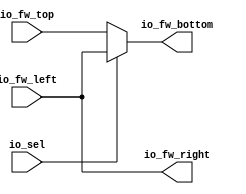
module CrossBarCell(
  input  [64:0] io_fw_left,
  input  [64:0] io_fw_top,
  output [64:0] io_fw_bottom,
  output [64:0] io_fw_right,
  input         io_sel
);
  assign io_fw_bottom = io_sel ? io_fw_left : io_fw_top; // @[CrossBarSwitch.scala 15:17 CrossBarSwitch.scala 16:18 CrossBarSwitch.scala 18:18]
  assign io_fw_right = io_fw_left; // @[CrossBarSwitch.scala 14:15]
endmodule
module CrossBarSwitch(
  input         clock,
  input  [64:0] io_fw_left_0,
  input  [64:0] io_fw_left_1,
  input  [64:0] io_fw_left_2,
  input  [64:0] io_fw_left_3,
  output [64:0] io_fw_bottom_0,
  output [64:0] io_fw_bottom_1,
  output [64:0] io_fw_bottom_2,
  output [64:0] io_fw_bottom_3,
  input  [1:0]  io_select_0,
  input  [1:0]  io_select_1,
  input  [1:0]  io_select_2,
  input  [1:0]  io_select_3
);
`ifdef RANDOMIZE_REG_INIT
  reg [95:0] _RAND_0;
  reg [95:0] _RAND_1;
  reg [95:0] _RAND_2;
  reg [95:0] _RAND_3;
`endif // RANDOMIZE_REG_INIT
  wire [64:0] cells_2d_0_io_fw_left; // @[CrossBarSwitch.scala 37:53]
  wire [64:0] cells_2d_0_io_fw_top; // @[CrossBarSwitch.scala 37:53]
  wire [64:0] cells_2d_0_io_fw_bottom; // @[CrossBarSwitch.scala 37:53]
  wire [64:0] cells_2d_0_io_fw_right; // @[CrossBarSwitch.scala 37:53]
  wire  cells_2d_0_io_sel; // @[CrossBarSwitch.scala 37:53]
  wire [64:0] cells_2d_1_io_fw_left; // @[CrossBarSwitch.scala 37:53]
  wire [64:0] cells_2d_1_io_fw_top; // @[CrossBarSwitch.scala 37:53]
  wire [64:0] cells_2d_1_io_fw_bottom; // @[CrossBarSwitch.scala 37:53]
  wire [64:0] cells_2d_1_io_fw_right; // @[CrossBarSwitch.scala 37:53]
  wire  cells_2d_1_io_sel; // @[CrossBarSwitch.scala 37:53]
  wire [64:0] cells_2d_2_io_fw_left; // @[CrossBarSwitch.scala 37:53]
  wire [64:0] cells_2d_2_io_fw_top; // @[CrossBarSwitch.scala 37:53]
  wire [64:0] cells_2d_2_io_fw_bottom; // @[CrossBarSwitch.scala 37:53]
  wire [64:0] cells_2d_2_io_fw_right; // @[CrossBarSwitch.scala 37:53]
  wire  cells_2d_2_io_sel; // @[CrossBarSwitch.scala 37:53]
  wire [64:0] cells_2d_3_io_fw_left; // @[CrossBarSwitch.scala 37:53]
  wire [64:0] cells_2d_3_io_fw_top; // @[CrossBarSwitch.scala 37:53]
  wire [64:0] cells_2d_3_io_fw_bottom; // @[CrossBarSwitch.scala 37:53]
  wire [64:0] cells_2d_3_io_fw_right; // @[CrossBarSwitch.scala 37:53]
  wire  cells_2d_3_io_sel; // @[CrossBarSwitch.scala 37:53]
  wire [64:0] cells_2d_4_io_fw_left; // @[CrossBarSwitch.scala 37:53]
  wire [64:0] cells_2d_4_io_fw_top; // @[CrossBarSwitch.scala 37:53]
  wire [64:0] cells_2d_4_io_fw_bottom; // @[CrossBarSwitch.scala 37:53]
  wire [64:0] cells_2d_4_io_fw_right; // @[CrossBarSwitch.scala 37:53]
  wire  cells_2d_4_io_sel; // @[CrossBarSwitch.scala 37:53]
  wire [64:0] cells_2d_5_io_fw_left; // @[CrossBarSwitch.scala 37:53]
  wire [64:0] cells_2d_5_io_fw_top; // @[CrossBarSwitch.scala 37:53]
  wire [64:0] cells_2d_5_io_fw_bottom; // @[CrossBarSwitch.scala 37:53]
  wire [64:0] cells_2d_5_io_fw_right; // @[CrossBarSwitch.scala 37:53]
  wire  cells_2d_5_io_sel; // @[CrossBarSwitch.scala 37:53]
  wire [64:0] cells_2d_6_io_fw_left; // @[CrossBarSwitch.scala 37:53]
  wire [64:0] cells_2d_6_io_fw_top; // @[CrossBarSwitch.scala 37:53]
  wire [64:0] cells_2d_6_io_fw_bottom; // @[CrossBarSwitch.scala 37:53]
  wire [64:0] cells_2d_6_io_fw_right; // @[CrossBarSwitch.scala 37:53]
  wire  cells_2d_6_io_sel; // @[CrossBarSwitch.scala 37:53]
  wire [64:0] cells_2d_7_io_fw_left; // @[CrossBarSwitch.scala 37:53]
  wire [64:0] cells_2d_7_io_fw_top; // @[CrossBarSwitch.scala 37:53]
  wire [64:0] cells_2d_7_io_fw_bottom; // @[CrossBarSwitch.scala 37:53]
  wire [64:0] cells_2d_7_io_fw_right; // @[CrossBarSwitch.scala 37:53]
  wire  cells_2d_7_io_sel; // @[CrossBarSwitch.scala 37:53]
  wire [64:0] cells_2d_8_io_fw_left; // @[CrossBarSwitch.scala 37:53]
  wire [64:0] cells_2d_8_io_fw_top; // @[CrossBarSwitch.scala 37:53]
  wire [64:0] cells_2d_8_io_fw_bottom; // @[CrossBarSwitch.scala 37:53]
  wire [64:0] cells_2d_8_io_fw_right; // @[CrossBarSwitch.scala 37:53]
  wire  cells_2d_8_io_sel; // @[CrossBarSwitch.scala 37:53]
  wire [64:0] cells_2d_9_io_fw_left; // @[CrossBarSwitch.scala 37:53]
  wire [64:0] cells_2d_9_io_fw_top; // @[CrossBarSwitch.scala 37:53]
  wire [64:0] cells_2d_9_io_fw_bottom; // @[CrossBarSwitch.scala 37:53]
  wire [64:0] cells_2d_9_io_fw_right; // @[CrossBarSwitch.scala 37:53]
  wire  cells_2d_9_io_sel; // @[CrossBarSwitch.scala 37:53]
  wire [64:0] cells_2d_10_io_fw_left; // @[CrossBarSwitch.scala 37:53]
  wire [64:0] cells_2d_10_io_fw_top; // @[CrossBarSwitch.scala 37:53]
  wire [64:0] cells_2d_10_io_fw_bottom; // @[CrossBarSwitch.scala 37:53]
  wire [64:0] cells_2d_10_io_fw_right; // @[CrossBarSwitch.scala 37:53]
  wire  cells_2d_10_io_sel; // @[CrossBarSwitch.scala 37:53]
  wire [64:0] cells_2d_11_io_fw_left; // @[CrossBarSwitch.scala 37:53]
  wire [64:0] cells_2d_11_io_fw_top; // @[CrossBarSwitch.scala 37:53]
  wire [64:0] cells_2d_11_io_fw_bottom; // @[CrossBarSwitch.scala 37:53]
  wire [64:0] cells_2d_11_io_fw_right; // @[CrossBarSwitch.scala 37:53]
  wire  cells_2d_11_io_sel; // @[CrossBarSwitch.scala 37:53]
  wire [64:0] cells_2d_12_io_fw_left; // @[CrossBarSwitch.scala 37:53]
  wire [64:0] cells_2d_12_io_fw_top; // @[CrossBarSwitch.scala 37:53]
  wire [64:0] cells_2d_12_io_fw_bottom; // @[CrossBarSwitch.scala 37:53]
  wire [64:0] cells_2d_12_io_fw_right; // @[CrossBarSwitch.scala 37:53]
  wire  cells_2d_12_io_sel; // @[CrossBarSwitch.scala 37:53]
  wire [64:0] cells_2d_13_io_fw_left; // @[CrossBarSwitch.scala 37:53]
  wire [64:0] cells_2d_13_io_fw_top; // @[CrossBarSwitch.scala 37:53]
  wire [64:0] cells_2d_13_io_fw_bottom; // @[CrossBarSwitch.scala 37:53]
  wire [64:0] cells_2d_13_io_fw_right; // @[CrossBarSwitch.scala 37:53]
  wire  cells_2d_13_io_sel; // @[CrossBarSwitch.scala 37:53]
  wire [64:0] cells_2d_14_io_fw_left; // @[CrossBarSwitch.scala 37:53]
  wire [64:0] cells_2d_14_io_fw_top; // @[CrossBarSwitch.scala 37:53]
  wire [64:0] cells_2d_14_io_fw_bottom; // @[CrossBarSwitch.scala 37:53]
  wire [64:0] cells_2d_14_io_fw_right; // @[CrossBarSwitch.scala 37:53]
  wire  cells_2d_14_io_sel; // @[CrossBarSwitch.scala 37:53]
  wire [64:0] cells_2d_15_io_fw_left; // @[CrossBarSwitch.scala 37:53]
  wire [64:0] cells_2d_15_io_fw_top; // @[CrossBarSwitch.scala 37:53]
  wire [64:0] cells_2d_15_io_fw_bottom; // @[CrossBarSwitch.scala 37:53]
  wire [64:0] cells_2d_15_io_fw_right; // @[CrossBarSwitch.scala 37:53]
  wire  cells_2d_15_io_sel; // @[CrossBarSwitch.scala 37:53]
  reg [64:0] fw_left_reg_0; // @[CrossBarSwitch.scala 33:28]
  reg [64:0] fw_left_reg_1; // @[CrossBarSwitch.scala 33:28]
  reg [64:0] fw_left_reg_2; // @[CrossBarSwitch.scala 33:28]
  reg [64:0] fw_left_reg_3; // @[CrossBarSwitch.scala 33:28]
  wire [3:0] select_onehot_0 = 4'h1 << io_select_0; // @[OneHot.scala 65:12]
  wire [3:0] select_onehot_1 = 4'h1 << io_select_1; // @[OneHot.scala 65:12]
  wire [3:0] select_onehot_2 = 4'h1 << io_select_2; // @[OneHot.scala 65:12]
  wire [3:0] select_onehot_3 = 4'h1 << io_select_3; // @[OneHot.scala 65:12]
  CrossBarCell cells_2d_0 ( // @[CrossBarSwitch.scala 37:53]
    .io_fw_left(cells_2d_0_io_fw_left),
    .io_fw_top(cells_2d_0_io_fw_top),
    .io_fw_bottom(cells_2d_0_io_fw_bottom),
    .io_fw_right(cells_2d_0_io_fw_right),
    .io_sel(cells_2d_0_io_sel)
  );
  CrossBarCell cells_2d_1 ( // @[CrossBarSwitch.scala 37:53]
    .io_fw_left(cells_2d_1_io_fw_left),
    .io_fw_top(cells_2d_1_io_fw_top),
    .io_fw_bottom(cells_2d_1_io_fw_bottom),
    .io_fw_right(cells_2d_1_io_fw_right),
    .io_sel(cells_2d_1_io_sel)
  );
  CrossBarCell cells_2d_2 ( // @[CrossBarSwitch.scala 37:53]
    .io_fw_left(cells_2d_2_io_fw_left),
    .io_fw_top(cells_2d_2_io_fw_top),
    .io_fw_bottom(cells_2d_2_io_fw_bottom),
    .io_fw_right(cells_2d_2_io_fw_right),
    .io_sel(cells_2d_2_io_sel)
  );
  CrossBarCell cells_2d_3 ( // @[CrossBarSwitch.scala 37:53]
    .io_fw_left(cells_2d_3_io_fw_left),
    .io_fw_top(cells_2d_3_io_fw_top),
    .io_fw_bottom(cells_2d_3_io_fw_bottom),
    .io_fw_right(cells_2d_3_io_fw_right),
    .io_sel(cells_2d_3_io_sel)
  );
  CrossBarCell cells_2d_4 ( // @[CrossBarSwitch.scala 37:53]
    .io_fw_left(cells_2d_4_io_fw_left),
    .io_fw_top(cells_2d_4_io_fw_top),
    .io_fw_bottom(cells_2d_4_io_fw_bottom),
    .io_fw_right(cells_2d_4_io_fw_right),
    .io_sel(cells_2d_4_io_sel)
  );
  CrossBarCell cells_2d_5 ( // @[CrossBarSwitch.scala 37:53]
    .io_fw_left(cells_2d_5_io_fw_left),
    .io_fw_top(cells_2d_5_io_fw_top),
    .io_fw_bottom(cells_2d_5_io_fw_bottom),
    .io_fw_right(cells_2d_5_io_fw_right),
    .io_sel(cells_2d_5_io_sel)
  );
  CrossBarCell cells_2d_6 ( // @[CrossBarSwitch.scala 37:53]
    .io_fw_left(cells_2d_6_io_fw_left),
    .io_fw_top(cells_2d_6_io_fw_top),
    .io_fw_bottom(cells_2d_6_io_fw_bottom),
    .io_fw_right(cells_2d_6_io_fw_right),
    .io_sel(cells_2d_6_io_sel)
  );
  CrossBarCell cells_2d_7 ( // @[CrossBarSwitch.scala 37:53]
    .io_fw_left(cells_2d_7_io_fw_left),
    .io_fw_top(cells_2d_7_io_fw_top),
    .io_fw_bottom(cells_2d_7_io_fw_bottom),
    .io_fw_right(cells_2d_7_io_fw_right),
    .io_sel(cells_2d_7_io_sel)
  );
  CrossBarCell cells_2d_8 ( // @[CrossBarSwitch.scala 37:53]
    .io_fw_left(cells_2d_8_io_fw_left),
    .io_fw_top(cells_2d_8_io_fw_top),
    .io_fw_bottom(cells_2d_8_io_fw_bottom),
    .io_fw_right(cells_2d_8_io_fw_right),
    .io_sel(cells_2d_8_io_sel)
  );
  CrossBarCell cells_2d_9 ( // @[CrossBarSwitch.scala 37:53]
    .io_fw_left(cells_2d_9_io_fw_left),
    .io_fw_top(cells_2d_9_io_fw_top),
    .io_fw_bottom(cells_2d_9_io_fw_bottom),
    .io_fw_right(cells_2d_9_io_fw_right),
    .io_sel(cells_2d_9_io_sel)
  );
  CrossBarCell cells_2d_10 ( // @[CrossBarSwitch.scala 37:53]
    .io_fw_left(cells_2d_10_io_fw_left),
    .io_fw_top(cells_2d_10_io_fw_top),
    .io_fw_bottom(cells_2d_10_io_fw_bottom),
    .io_fw_right(cells_2d_10_io_fw_right),
    .io_sel(cells_2d_10_io_sel)
  );
  CrossBarCell cells_2d_11 ( // @[CrossBarSwitch.scala 37:53]
    .io_fw_left(cells_2d_11_io_fw_left),
    .io_fw_top(cells_2d_11_io_fw_top),
    .io_fw_bottom(cells_2d_11_io_fw_bottom),
    .io_fw_right(cells_2d_11_io_fw_right),
    .io_sel(cells_2d_11_io_sel)
  );
  CrossBarCell cells_2d_12 ( // @[CrossBarSwitch.scala 37:53]
    .io_fw_left(cells_2d_12_io_fw_left),
    .io_fw_top(cells_2d_12_io_fw_top),
    .io_fw_bottom(cells_2d_12_io_fw_bottom),
    .io_fw_right(cells_2d_12_io_fw_right),
    .io_sel(cells_2d_12_io_sel)
  );
  CrossBarCell cells_2d_13 ( // @[CrossBarSwitch.scala 37:53]
    .io_fw_left(cells_2d_13_io_fw_left),
    .io_fw_top(cells_2d_13_io_fw_top),
    .io_fw_bottom(cells_2d_13_io_fw_bottom),
    .io_fw_right(cells_2d_13_io_fw_right),
    .io_sel(cells_2d_13_io_sel)
  );
  CrossBarCell cells_2d_14 ( // @[CrossBarSwitch.scala 37:53]
    .io_fw_left(cells_2d_14_io_fw_left),
    .io_fw_top(cells_2d_14_io_fw_top),
    .io_fw_bottom(cells_2d_14_io_fw_bottom),
    .io_fw_right(cells_2d_14_io_fw_right),
    .io_sel(cells_2d_14_io_sel)
  );
  CrossBarCell cells_2d_15 ( // @[CrossBarSwitch.scala 37:53]
    .io_fw_left(cells_2d_15_io_fw_left),
    .io_fw_top(cells_2d_15_io_fw_top),
    .io_fw_bottom(cells_2d_15_io_fw_bottom),
    .io_fw_right(cells_2d_15_io_fw_right),
    .io_sel(cells_2d_15_io_sel)
  );
  assign io_fw_bottom_0 = cells_2d_12_io_fw_bottom; // @[CrossBarSwitch.scala 77:21]
  assign io_fw_bottom_1 = cells_2d_13_io_fw_bottom; // @[CrossBarSwitch.scala 77:21]
  assign io_fw_bottom_2 = cells_2d_14_io_fw_bottom; // @[CrossBarSwitch.scala 77:21]
  assign io_fw_bottom_3 = cells_2d_15_io_fw_bottom; // @[CrossBarSwitch.scala 77:21]
  assign cells_2d_0_io_fw_left = fw_left_reg_0; // @[CrossBarSwitch.scala 62:29]
  assign cells_2d_0_io_fw_top = 65'h0; // @[CrossBarSwitch.scala 55:28]
  assign cells_2d_0_io_sel = select_onehot_0[0]; // @[CrossBarSwitch.scala 70:44]
  assign cells_2d_1_io_fw_left = cells_2d_0_io_fw_right; // @[CrossBarSwitch.scala 66:29]
  assign cells_2d_1_io_fw_top = 65'h0; // @[CrossBarSwitch.scala 55:28]
  assign cells_2d_1_io_sel = select_onehot_1[0]; // @[CrossBarSwitch.scala 70:44]
  assign cells_2d_2_io_fw_left = cells_2d_1_io_fw_right; // @[CrossBarSwitch.scala 66:29]
  assign cells_2d_2_io_fw_top = 65'h0; // @[CrossBarSwitch.scala 55:28]
  assign cells_2d_2_io_sel = select_onehot_2[0]; // @[CrossBarSwitch.scala 70:44]
  assign cells_2d_3_io_fw_left = cells_2d_2_io_fw_right; // @[CrossBarSwitch.scala 66:29]
  assign cells_2d_3_io_fw_top = 65'h0; // @[CrossBarSwitch.scala 55:28]
  assign cells_2d_3_io_sel = select_onehot_3[0]; // @[CrossBarSwitch.scala 70:44]
  assign cells_2d_4_io_fw_left = fw_left_reg_1; // @[CrossBarSwitch.scala 62:29]
  assign cells_2d_4_io_fw_top = cells_2d_0_io_fw_bottom; // @[CrossBarSwitch.scala 58:28]
  assign cells_2d_4_io_sel = select_onehot_0[1]; // @[CrossBarSwitch.scala 70:44]
  assign cells_2d_5_io_fw_left = cells_2d_4_io_fw_right; // @[CrossBarSwitch.scala 66:29]
  assign cells_2d_5_io_fw_top = cells_2d_1_io_fw_bottom; // @[CrossBarSwitch.scala 58:28]
  assign cells_2d_5_io_sel = select_onehot_1[1]; // @[CrossBarSwitch.scala 70:44]
  assign cells_2d_6_io_fw_left = cells_2d_5_io_fw_right; // @[CrossBarSwitch.scala 66:29]
  assign cells_2d_6_io_fw_top = cells_2d_2_io_fw_bottom; // @[CrossBarSwitch.scala 58:28]
  assign cells_2d_6_io_sel = select_onehot_2[1]; // @[CrossBarSwitch.scala 70:44]
  assign cells_2d_7_io_fw_left = cells_2d_6_io_fw_right; // @[CrossBarSwitch.scala 66:29]
  assign cells_2d_7_io_fw_top = cells_2d_3_io_fw_bottom; // @[CrossBarSwitch.scala 58:28]
  assign cells_2d_7_io_sel = select_onehot_3[1]; // @[CrossBarSwitch.scala 70:44]
  assign cells_2d_8_io_fw_left = fw_left_reg_2; // @[CrossBarSwitch.scala 62:29]
  assign cells_2d_8_io_fw_top = cells_2d_4_io_fw_bottom; // @[CrossBarSwitch.scala 58:28]
  assign cells_2d_8_io_sel = select_onehot_0[2]; // @[CrossBarSwitch.scala 70:44]
  assign cells_2d_9_io_fw_left = cells_2d_8_io_fw_right; // @[CrossBarSwitch.scala 66:29]
  assign cells_2d_9_io_fw_top = cells_2d_5_io_fw_bottom; // @[CrossBarSwitch.scala 58:28]
  assign cells_2d_9_io_sel = select_onehot_1[2]; // @[CrossBarSwitch.scala 70:44]
  assign cells_2d_10_io_fw_left = cells_2d_9_io_fw_right; // @[CrossBarSwitch.scala 66:29]
  assign cells_2d_10_io_fw_top = cells_2d_6_io_fw_bottom; // @[CrossBarSwitch.scala 58:28]
  assign cells_2d_10_io_sel = select_onehot_2[2]; // @[CrossBarSwitch.scala 70:44]
  assign cells_2d_11_io_fw_left = cells_2d_10_io_fw_right; // @[CrossBarSwitch.scala 66:29]
  assign cells_2d_11_io_fw_top = cells_2d_7_io_fw_bottom; // @[CrossBarSwitch.scala 58:28]
  assign cells_2d_11_io_sel = select_onehot_3[2]; // @[CrossBarSwitch.scala 70:44]
  assign cells_2d_12_io_fw_left = fw_left_reg_3; // @[CrossBarSwitch.scala 62:29]
  assign cells_2d_12_io_fw_top = cells_2d_8_io_fw_bottom; // @[CrossBarSwitch.scala 58:28]
  assign cells_2d_12_io_sel = select_onehot_0[3]; // @[CrossBarSwitch.scala 70:44]
  assign cells_2d_13_io_fw_left = cells_2d_12_io_fw_right; // @[CrossBarSwitch.scala 66:29]
  assign cells_2d_13_io_fw_top = cells_2d_9_io_fw_bottom; // @[CrossBarSwitch.scala 58:28]
  assign cells_2d_13_io_sel = select_onehot_1[3]; // @[CrossBarSwitch.scala 70:44]
  assign cells_2d_14_io_fw_left = cells_2d_13_io_fw_right; // @[CrossBarSwitch.scala 66:29]
  assign cells_2d_14_io_fw_top = cells_2d_10_io_fw_bottom; // @[CrossBarSwitch.scala 58:28]
  assign cells_2d_14_io_sel = select_onehot_2[3]; // @[CrossBarSwitch.scala 70:44]
  assign cells_2d_15_io_fw_left = cells_2d_14_io_fw_right; // @[CrossBarSwitch.scala 66:29]
  assign cells_2d_15_io_fw_top = cells_2d_11_io_fw_bottom; // @[CrossBarSwitch.scala 58:28]
  assign cells_2d_15_io_sel = select_onehot_3[3]; // @[CrossBarSwitch.scala 70:44]
  always @(posedge clock) begin
    fw_left_reg_0 <= io_fw_left_0; // @[CrossBarSwitch.scala 33:28]
    fw_left_reg_1 <= io_fw_left_1; // @[CrossBarSwitch.scala 33:28]
    fw_left_reg_2 <= io_fw_left_2; // @[CrossBarSwitch.scala 33:28]
    fw_left_reg_3 <= io_fw_left_3; // @[CrossBarSwitch.scala 33:28]
  end
// Register and memory initialization
`ifdef RANDOMIZE_GARBAGE_ASSIGN
`define RANDOMIZE
`endif
`ifdef RANDOMIZE_INVALID_ASSIGN
`define RANDOMIZE
`endif
`ifdef RANDOMIZE_REG_INIT
`define RANDOMIZE
`endif
`ifdef RANDOMIZE_MEM_INIT
`define RANDOMIZE
`endif
`ifndef RANDOM
`define RANDOM $random
`endif
`ifdef RANDOMIZE_MEM_INIT
  integer initvar;
`endif
`ifndef SYNTHESIS
`ifdef FIRRTL_BEFORE_INITIAL
`FIRRTL_BEFORE_INITIAL
`endif
initial begin
  `ifdef RANDOMIZE
    `ifdef INIT_RANDOM
      `INIT_RANDOM
    `endif
    `ifndef VERILATOR
      `ifdef RANDOMIZE_DELAY
        #`RANDOMIZE_DELAY begin end
      `else
        #0.002 begin end
      `endif
    `endif
`ifdef RANDOMIZE_REG_INIT
  _RAND_0 = {3{`RANDOM}};
  fw_left_reg_0 = _RAND_0[64:0];
  _RAND_1 = {3{`RANDOM}};
  fw_left_reg_1 = _RAND_1[64:0];
  _RAND_2 = {3{`RANDOM}};
  fw_left_reg_2 = _RAND_2[64:0];
  _RAND_3 = {3{`RANDOM}};
  fw_left_reg_3 = _RAND_3[64:0];
`endif // RANDOMIZE_REG_INIT
  `endif // RANDOMIZE
end // initial
`ifdef FIRRTL_AFTER_INITIAL
`FIRRTL_AFTER_INITIAL
`endif
`endif // SYNTHESIS
endmodule
module CLOScell4(
  input         clock,
  input         reset,
  input  [64:0] io_in4_0,
  input  [64:0] io_in4_1,
  input  [64:0] io_in4_2,
  input  [64:0] io_in4_3,
  output [64:0] io_out4_0,
  output [64:0] io_out4_1,
  output [64:0] io_out4_2,
  output [64:0] io_out4_3,
  input  [7:0]  io_ctrl
);
  wire  CrossBarSwitch_clock; // @[BuildingBlock.scala 18:21]
  wire [64:0] CrossBarSwitch_io_fw_left_0; // @[BuildingBlock.scala 18:21]
  wire [64:0] CrossBarSwitch_io_fw_left_1; // @[BuildingBlock.scala 18:21]
  wire [64:0] CrossBarSwitch_io_fw_left_2; // @[BuildingBlock.scala 18:21]
  wire [64:0] CrossBarSwitch_io_fw_left_3; // @[BuildingBlock.scala 18:21]
  wire [64:0] CrossBarSwitch_io_fw_bottom_0; // @[BuildingBlock.scala 18:21]
  wire [64:0] CrossBarSwitch_io_fw_bottom_1; // @[BuildingBlock.scala 18:21]
  wire [64:0] CrossBarSwitch_io_fw_bottom_2; // @[BuildingBlock.scala 18:21]
  wire [64:0] CrossBarSwitch_io_fw_bottom_3; // @[BuildingBlock.scala 18:21]
  wire [1:0] CrossBarSwitch_io_select_0; // @[BuildingBlock.scala 18:21]
  wire [1:0] CrossBarSwitch_io_select_1; // @[BuildingBlock.scala 18:21]
  wire [1:0] CrossBarSwitch_io_select_2; // @[BuildingBlock.scala 18:21]
  wire [1:0] CrossBarSwitch_io_select_3; // @[BuildingBlock.scala 18:21]
  CrossBarSwitch CrossBarSwitch ( // @[BuildingBlock.scala 18:21]
    .clock(CrossBarSwitch_clock),
    .io_fw_left_0(CrossBarSwitch_io_fw_left_0),
    .io_fw_left_1(CrossBarSwitch_io_fw_left_1),
    .io_fw_left_2(CrossBarSwitch_io_fw_left_2),
    .io_fw_left_3(CrossBarSwitch_io_fw_left_3),
    .io_fw_bottom_0(CrossBarSwitch_io_fw_bottom_0),
    .io_fw_bottom_1(CrossBarSwitch_io_fw_bottom_1),
    .io_fw_bottom_2(CrossBarSwitch_io_fw_bottom_2),
    .io_fw_bottom_3(CrossBarSwitch_io_fw_bottom_3),
    .io_select_0(CrossBarSwitch_io_select_0),
    .io_select_1(CrossBarSwitch_io_select_1),
    .io_select_2(CrossBarSwitch_io_select_2),
    .io_select_3(CrossBarSwitch_io_select_3)
  );
  assign io_out4_0 = CrossBarSwitch_io_fw_bottom_0; // @[BuildingBlock.scala 23:11]
  assign io_out4_1 = CrossBarSwitch_io_fw_bottom_1; // @[BuildingBlock.scala 23:11]
  assign io_out4_2 = CrossBarSwitch_io_fw_bottom_2; // @[BuildingBlock.scala 23:11]
  assign io_out4_3 = CrossBarSwitch_io_fw_bottom_3; // @[BuildingBlock.scala 23:11]
  assign CrossBarSwitch_clock = clock;
  assign CrossBarSwitch_io_fw_left_0 = io_in4_0; // @[BuildingBlock.scala 22:17]
  assign CrossBarSwitch_io_fw_left_1 = io_in4_1; // @[BuildingBlock.scala 22:17]
  assign CrossBarSwitch_io_fw_left_2 = io_in4_2; // @[BuildingBlock.scala 22:17]
  assign CrossBarSwitch_io_fw_left_3 = io_in4_3; // @[BuildingBlock.scala 22:17]
  assign CrossBarSwitch_io_select_0 = io_ctrl[7:6]; // @[BuildingBlock.scala 20:31]
  assign CrossBarSwitch_io_select_1 = io_ctrl[5:4]; // @[BuildingBlock.scala 20:31]
  assign CrossBarSwitch_io_select_2 = io_ctrl[3:2]; // @[BuildingBlock.scala 20:31]
  assign CrossBarSwitch_io_select_3 = io_ctrl[1:0]; // @[BuildingBlock.scala 20:31]
endmodule